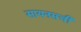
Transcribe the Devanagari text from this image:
सायनसची